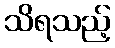
သိရသည့်